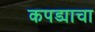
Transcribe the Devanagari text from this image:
कपड्याचा